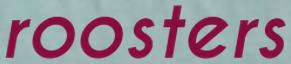
roosters